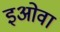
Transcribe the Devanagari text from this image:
इओवा